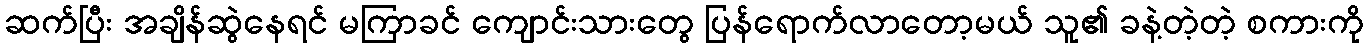
ဆက်ပြီး အချိန်ဆွဲနေရင် မကြာခင် ကျောင်းသားတွေ ပြန်ရောက်လာတော့မယ် သူ၏ ခနဲ့တဲ့တဲ့ စကားကို